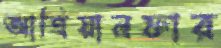
আত্রিয়ানফার